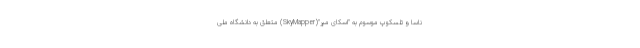
ناسا و تلسکوپ موسوم به "اسکای مپر"(SkyMapper) متعلق به دانشگاه ملی